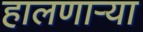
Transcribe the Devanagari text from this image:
हालणार्‍या